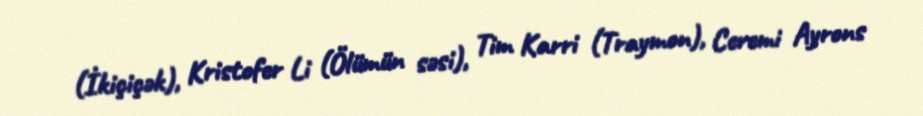
(İkiçiçək), Kristofer Li (Ölümün səsi), Tim Karri (Traymon), Ceremi Ayrons